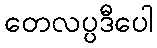
တေလပ္ပဒီပေါ